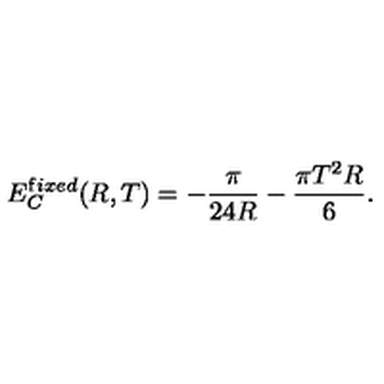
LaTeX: E _ { C } ^ { { \mathrm { f } i x e d } } ( R , T ) = - \frac { \pi } { 2 4 R } - \frac { \pi T ^ { 2 } R } { 6 } { . }